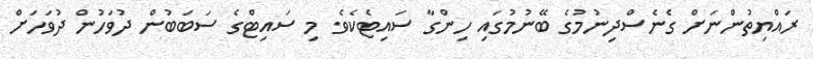
ރައްޔިތުންނަށް ގެނެސްދިނުމުގެ ބޭނުމުގައި ހިންގާ ސައިޓެކެވެ. މި ސައިޓްގެ ސަބަބުން ދުވަހުން ދުވަހަށް